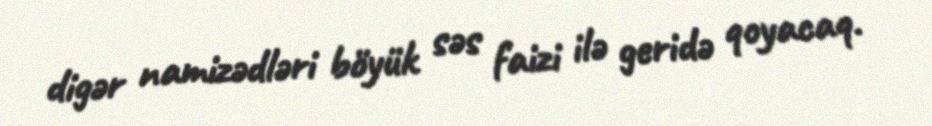
digər namizədləri böyük səs faizi ilə geridə qoyacaq.